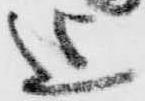
迄